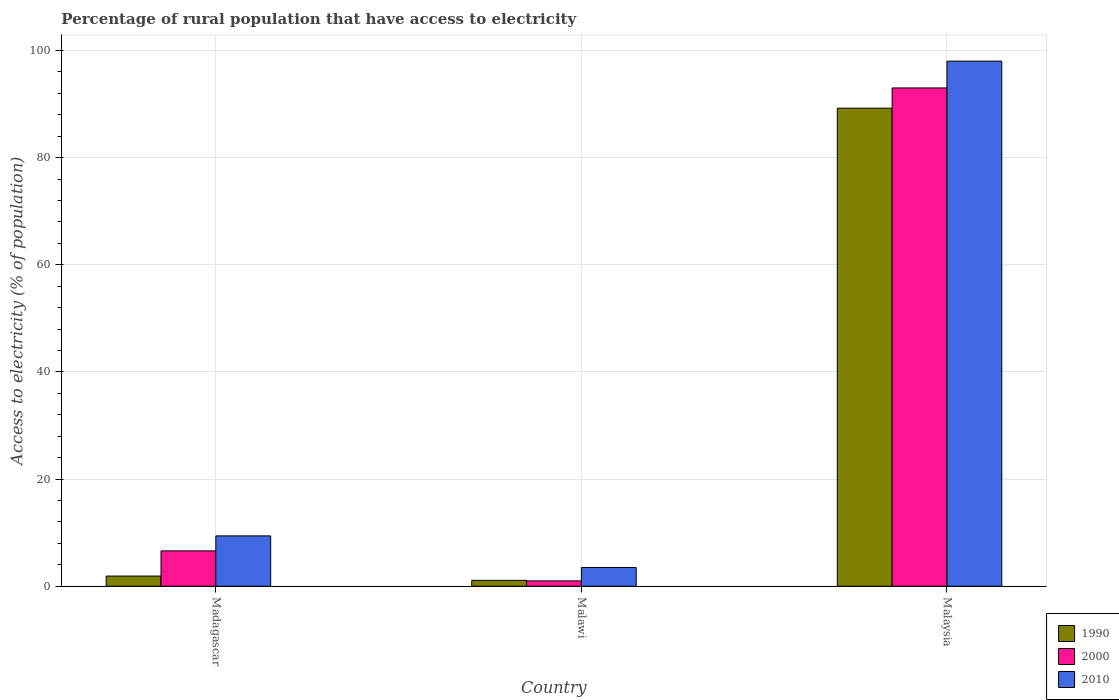
| Country | 1990 | 2000 | 2010 |
 | --- | --- | --- | --- |
 | Madagascar | 1.9 | 6.6 | 9.4 |
 | Malawi | 1.1 | 1 | 3.5 |
 | Malaysia | 89.2 | 93 | 98 |